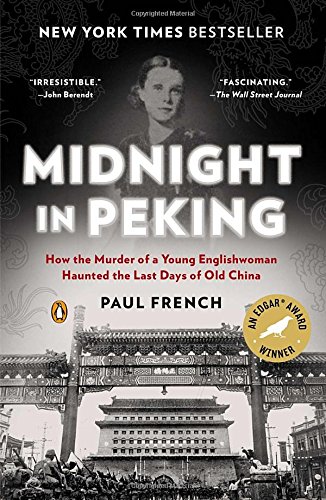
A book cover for Midnight in Peking: How the Murder of a Young Englishwoman Haunted the Last Days of Old China; Paul French; History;